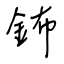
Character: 鈽